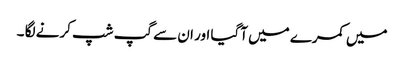
میں کمرے میں آگیا اور ان سے گپ شپ کرنے لگا ۔